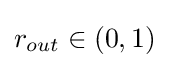
r_{out}\in (0,1)